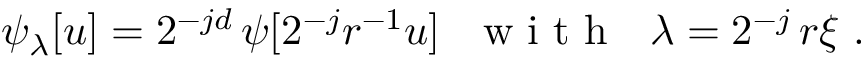
\psi _ { \lambda } [ u ] = 2 ^ { - j d } \, \psi [ 2 ^ { - j } r ^ { - 1 } u ] ~ ~ \mathrm { ~ w ~ i ~ t ~ h ~ } ~ ~ \lambda = 2 ^ { - j } \, r \xi ~ .